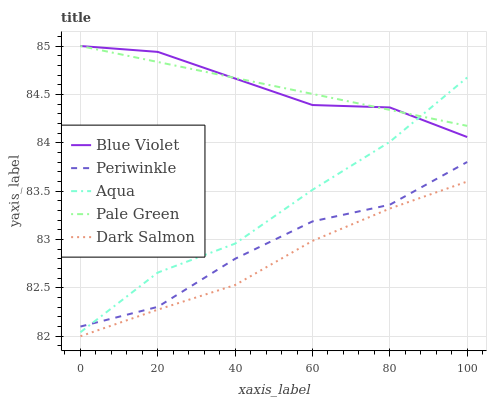
| xaxis_label | Blue Violet | Periwinkle | Aqua | Pale Green | Dark Salmon |
 | --- | --- | --- | --- | --- | --- |
 | 0 | 85 | 82.1 | 82 | 85 | 82 |
 | 20 | 84.9 | 82.3 | 82.7 | 84.8 | 82.3 |
 | 40 | 84.7 | 82.8 | 83 | 84.7 | 82.5 |
 | 60 | 84.4 | 83.2 | 83.5 | 84.5 | 83 |
 | 80 | 84.4 | 83.4 | 84 | 84.3 | 83.3 |
 | 100 | 84.1 | 83.8 | 84.7 | 84.2 | 83.6 |